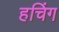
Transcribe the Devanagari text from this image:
हचिंग